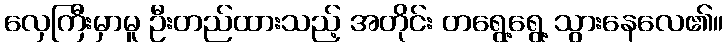
လှေကြီးမှာမူ ဦးတည်ထားသည့် အတိုင်း တရွေ့ရွေ့ သွားနေလေ၏။